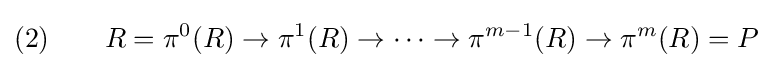
(2)\qquad R=\pi ^{0}(R)\to \pi ^{1}(R)\to \cdots \to \pi ^{m-1}(R)\to \pi ^{m}(R)=P